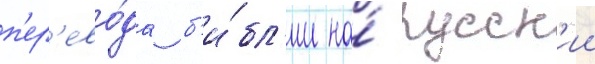
п'ер'ево́да б'и́бл'ии на́ русск'ии